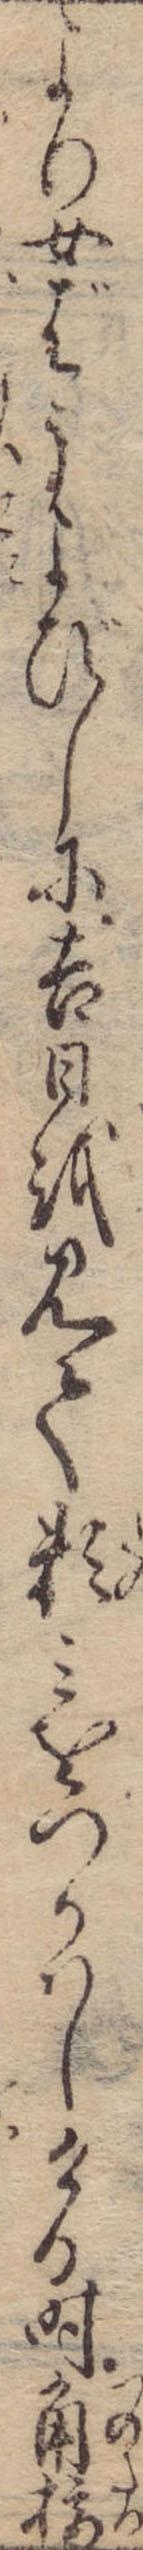
より女ばうよびしに吉日を見て頼みをつかはしける時角樽